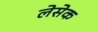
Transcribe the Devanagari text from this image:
लेसेक